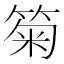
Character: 𥮗